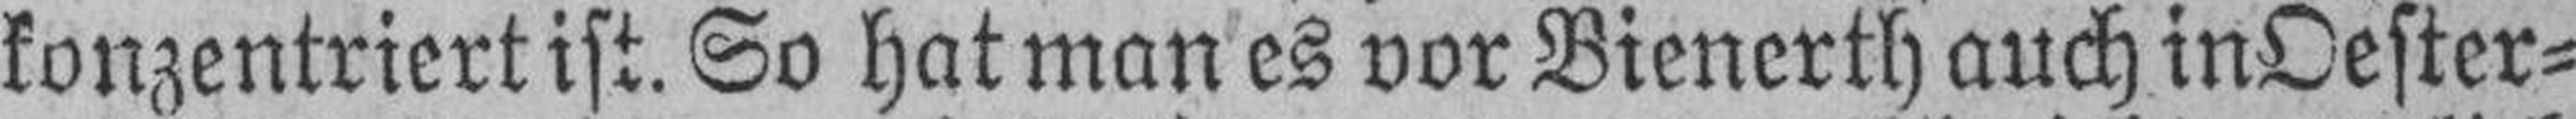
konzentriert ist. So hat man es vor Bienerth auch in Oester¬